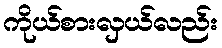
ကိုယ်စားလှယ်လည်း